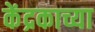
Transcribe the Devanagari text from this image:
केंद्रकाच्या